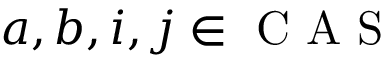
a , b , i , j \in \mathrm { ~ C ~ A ~ S ~ }